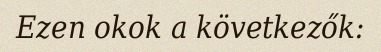
Ezen okok a következők: